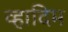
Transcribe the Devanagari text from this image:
व्हादिम